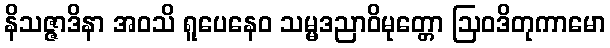
နိသဇ္ဇာဒိနာ အဝသိ ရူပေနေဝ သမ္မဒညာဝိမုတ္တော ဩဝဒိတုကာမော